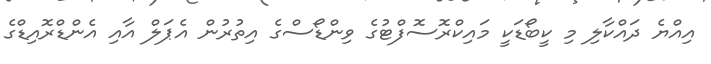
އިއްޔެ ދައްކާލި މި ކީބޯޑަކީ މައިކްރޮސޮފްޓުގެ ވިންޑޯސްގެ އިތުުރުން އެޕަލް އާއި އެންޑްރޮއިޑްގެ